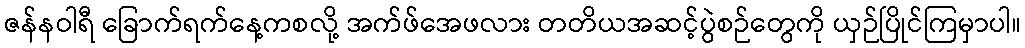
ဇန်နဝါရီ ခြောက်ရက်နေ့ကစလို့ အက်ဖ်အေဖလား တတိယအဆင့်ပွဲစဉ်တွေကို ယှဉ်ပြိုင်ကြမှာပါ။